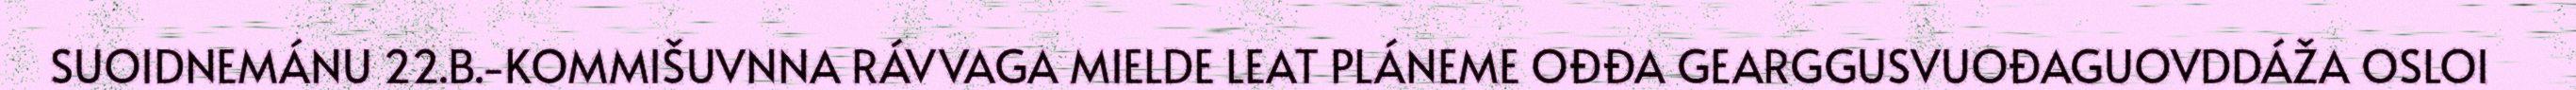
SUOIDNEMÁNU 22.B.-KOMMIŠUVNNA RÁVVAGA MIELDE LEAT PLÁNEME OĐĐA GEARGGUSVUOĐAGUOVDDÁŽA OSLOI